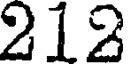
212